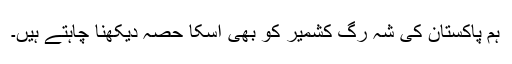
ہم پاکستان کی شہ رگ کشمیر کو بھی اسکا حصہ دیکھنا چاہتے ہیں۔